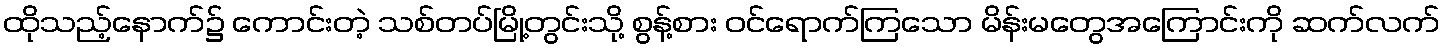
ထိုသည့်နောက်၌ ကောင်းတဲ့ သစ်တပ်မြို့တွင်းသို့ စွန့်စား ဝင်ရောက်ကြသော မိန်းမတွေအကြောင်းကို ဆက်လက်